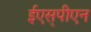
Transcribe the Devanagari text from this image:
ईएस्‌पीएन